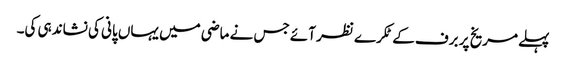
پہلے مریخ پر برف کے ٹکرے نظر آئے جس نے ماضی میں یہاں پانی کی نشاندہی کی۔